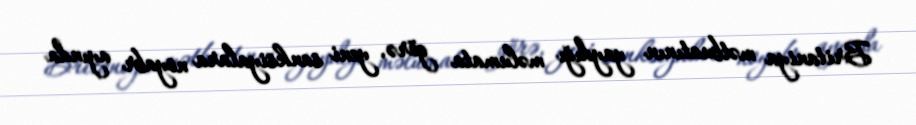
Britaniya mətbuatının yaydığı məlumata görə, yeni sanksiyalara noyabr ayında